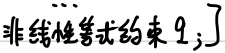
非线性等式约束$q;]$